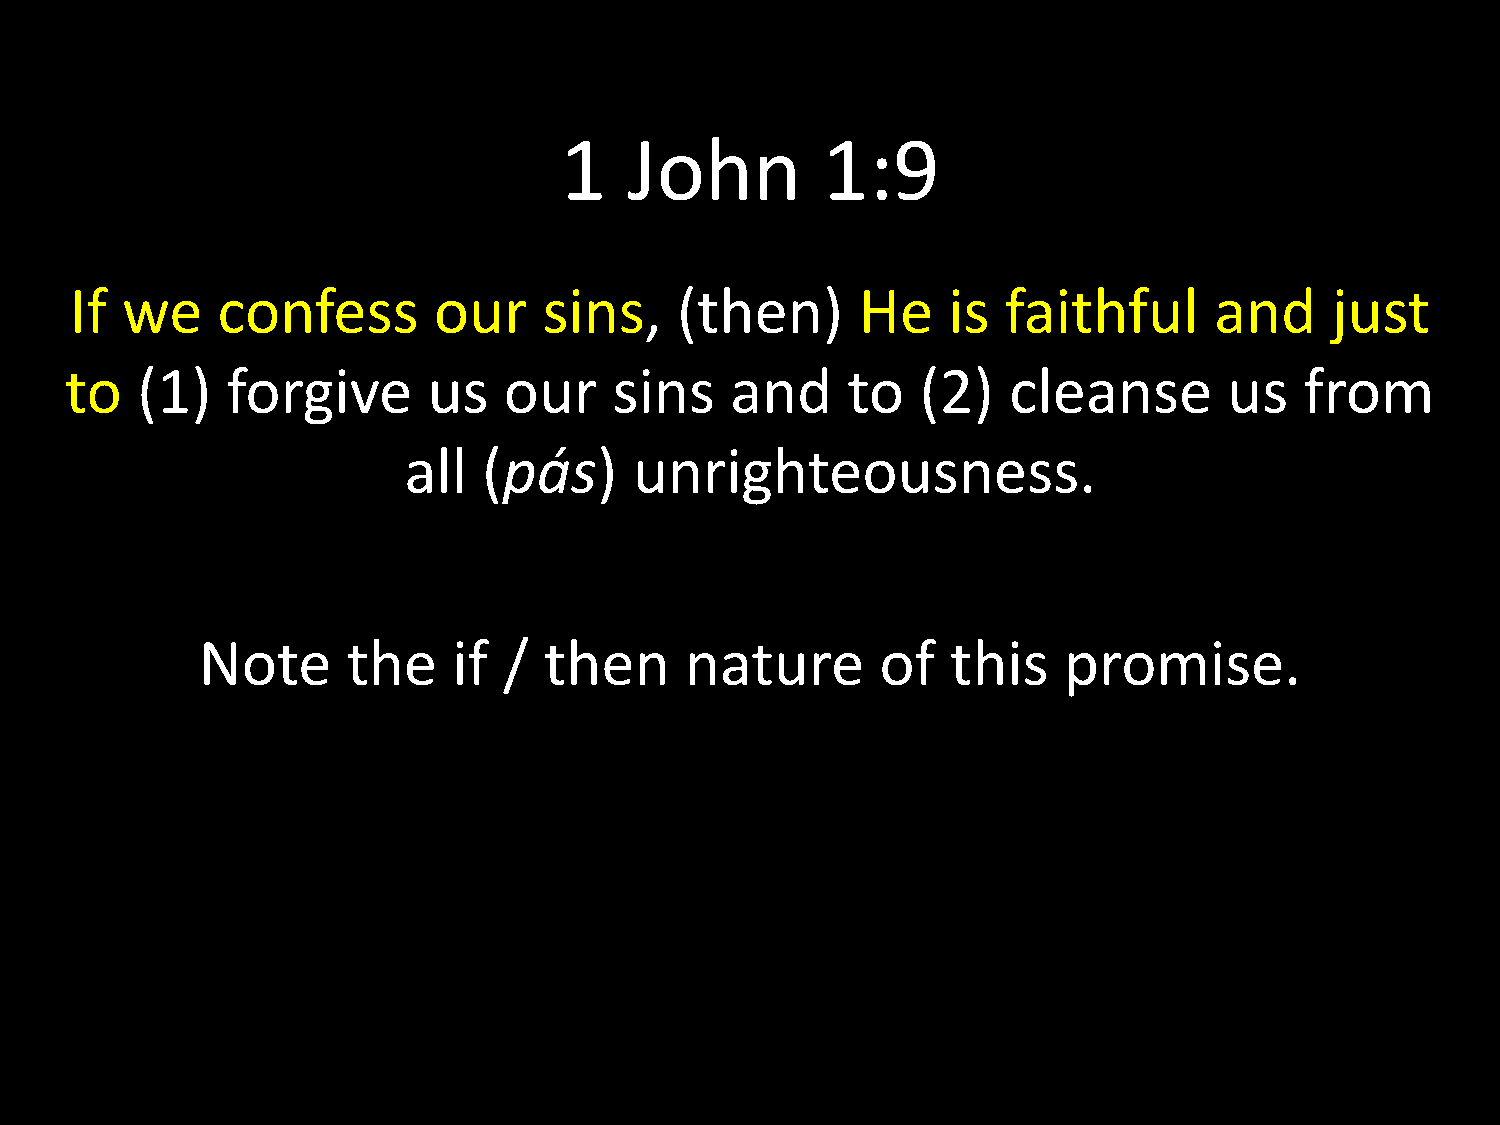
1    John        1:9
 If we    confess        our    sins,    (then)      He    is  faithful     and     just
 to   (1)   forgive      us   our     sins   and     to   (2)   cleanse       us   from
 all  (pás)     unrighteousness.
 Note      the    if /  then     nature       of   this   promise.